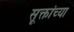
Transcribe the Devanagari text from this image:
सूक्तांच्या